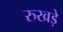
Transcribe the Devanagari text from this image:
रुखड़े